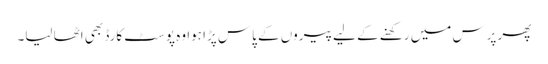
پھر پرس میں رکھنے کے لیے پیروں کے پاس پڑا ہوا وہ پوسٹ کارڈ بھی اٹھا لیا۔